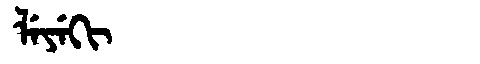
Manchu: ᠯᡝᠶᡝᡴᡳ
Romanization: LEYEKI